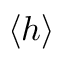
\langle h \rangle